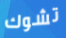
تشوك